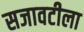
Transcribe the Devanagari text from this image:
सजावटीला